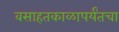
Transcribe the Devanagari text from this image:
वसाहतकाळापर्यंतचा